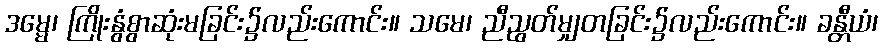
ဒမ္မေ၊ ကြိုးနွံစွာဆုံးမခြင်း၌လည်းကောင်း။ သမေ၊ ညီညွတ်မျှတခြင်း၌လည်းကောင်း။ ခန္တီယံ၊